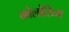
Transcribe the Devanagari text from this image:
क्वेलोसिम